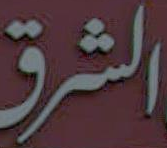
الشرق